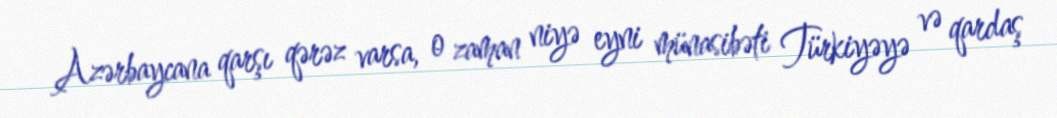
Azərbaycana qarşı qərəz varsa, o zaman niyə eyni münasibəti Türkiyəyə və qardaş